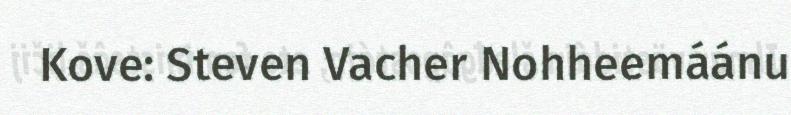
Kove: Steven Vacher Nohheemáánu